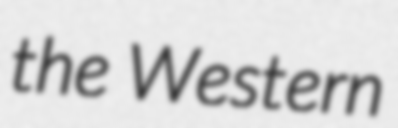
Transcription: the Western